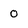
Character: 0